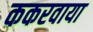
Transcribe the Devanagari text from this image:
ककरवाया